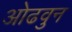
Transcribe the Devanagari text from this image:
ओढवुन